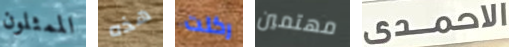
الممثلون هذه ركلت مهتمين الاحمدى